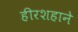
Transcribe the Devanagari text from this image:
हीरशहाने